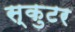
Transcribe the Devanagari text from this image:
स्कुटर